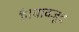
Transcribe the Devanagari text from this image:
है।बावजूद